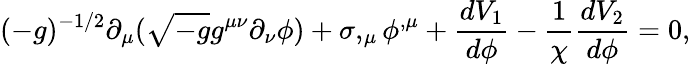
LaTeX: (-g)^{-1/2}\partial_{\mu}(\sqrt{-g}g^{\mu\nu}\partial_{\nu}\phi)+\sigma,_{\mu}\phi^{,\mu}+\frac{dV_{1}}{d\phi}-\frac{1}{\chi}\frac{dV_{2}}{d\phi}=0,